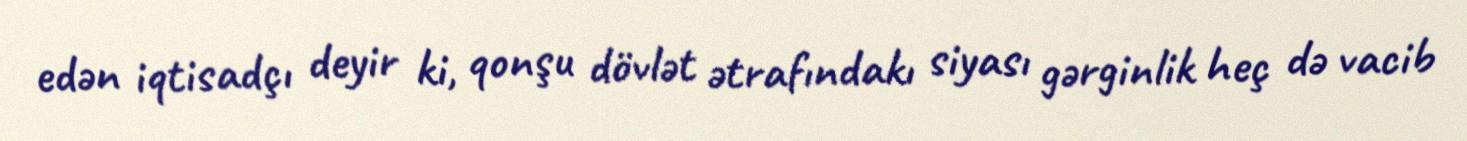
edən iqtisadçı deyir ki, qonşu dövlət ətrafındakı siyası gərginlik heç də vacib